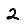
Digit: 2